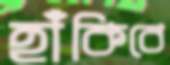
হাঁকিবে